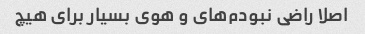
اصلا راضی نبودم‌های و هوی بسیار برای هیچ